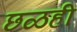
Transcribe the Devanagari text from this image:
छळही